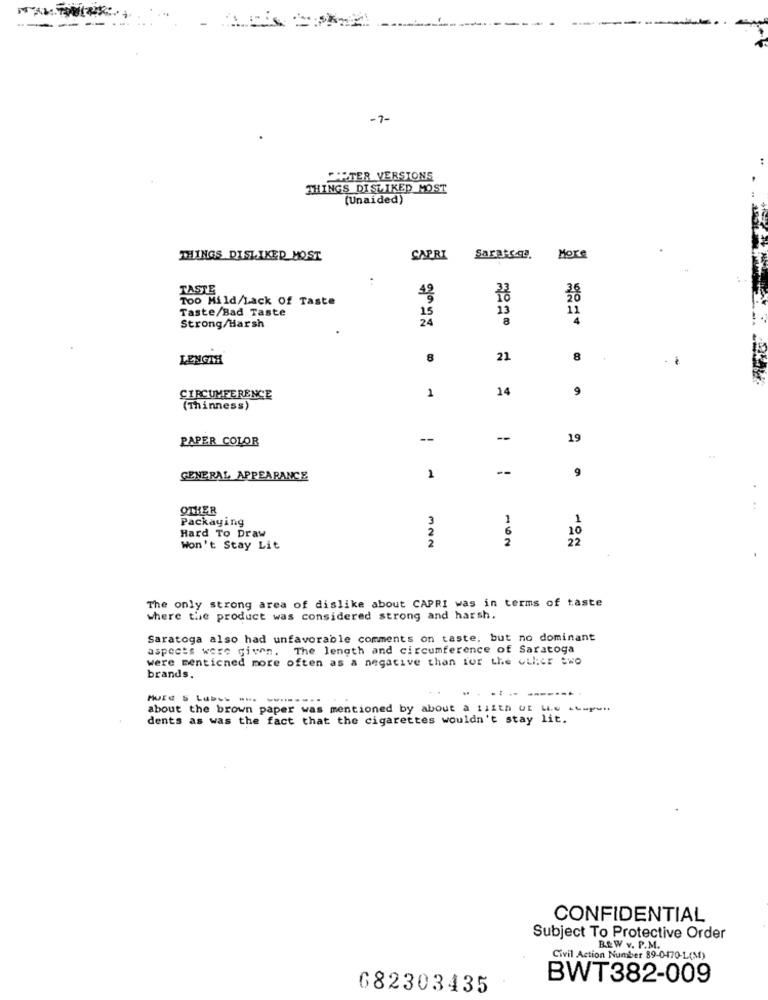
-- .
-7-
PARTER VERSIONS
THINGS DISLIKED MOST
(Unaided)
THINGS DISLIKED HOST
CAPRI
Saratsql
More
:
TASTE
Too Mild/Lack Of Taste
Taste/Bad Taste
15
13
11
24
8
4
Strong/Harsh
LENGAR
8
21
8
14
9
CIRCUMFERENCE
1
(Thinness)
PAPER COLOR
--
--
19
--
GENERAL APPEARANCE
1
9
OTHER
Packaging
3
1
1
6
10
Hard To Draw
2
2
2
22
Won't Stay Lit
The only strong area of dislike about CAPRI was in terms of taste
where the product was considered strong and harsh.
Saratoga also had unfavorable comments on taste, but no dominant
aspects were given. The length and circumference of Saratoga
were menticned more often as a negative than for the other two
brands.
MUId S Lubus ... .......
about the brown paper was mentioned by about a fifth Of LLe Loupun
dents as was the fact that the cigarettes wouldn't stay lit.
CONFIDENTIAL
Subject To Protective Order
B& W v. P.M.
Civil Action Number 89-0-470-L(M)
BWT382-009
682303435